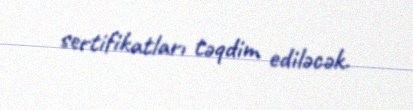
sertifikatları təqdim ediləcək.